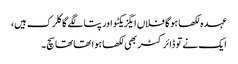
عہدہ لکھا ہوگا فلاں ایگزیکٹو اور پتا لگے گا کلرک ہیں،
ایک نے تو ڈائرکٹر بھی لکھا ہوا تھا تھا سچ۔